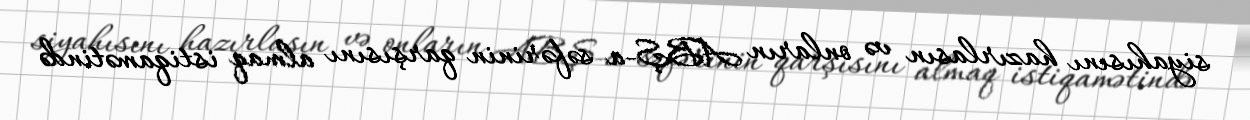
siyahısını hazırlasın və onların ABŞ-a səfərinin qarşısını almaq istiqamətində